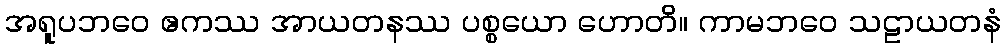
အရူပဘဝေ ဧကဿ အာယတနဿ ပစ္စယော ဟောတိ။ ကာမဘဝေ သဠာယတနံ